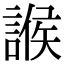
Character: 𧩨